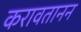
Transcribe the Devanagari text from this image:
करावतानन